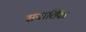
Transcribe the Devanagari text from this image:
सवार्तिक